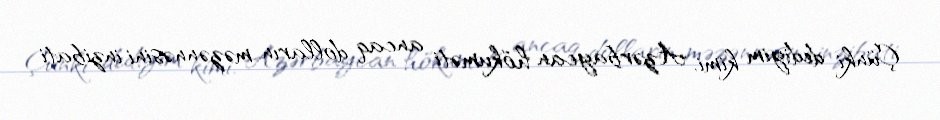
Çünki dediyim kimi, Azərbaycan hökuməti ancaq dolların məzənnəsini inzibati